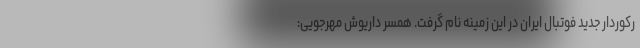
رکوردار جدید فوتبال ایران در این زمینه نام گرفت. همسر داریوش مهرجویی: